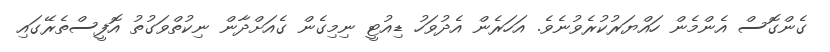
ގެންގޮސް އެންމެން ހައްޔަރުކުރެވުނެވެ. އަހަރެން އެދުވަހު ޑިއުޓީ ނިމިގެން ގެއަށްދާން ނިކުތްވަގުތު އޮފީސްތެރޭގައި